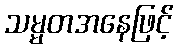
သမ္မတအနေဖြင့်